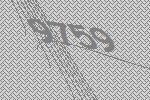
9759